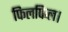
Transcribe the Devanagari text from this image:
फिलफिल।